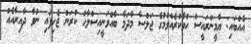
އެއްބައި: ޔާމީންރައީސް ހުވާކުރެއްވުމުގެ ޖަލްސާ މާދަމާ ބާއްވަނީއިސްލާހު ކުރަން ޖެހިފައި ނުވާ ދާއިރާއެއް